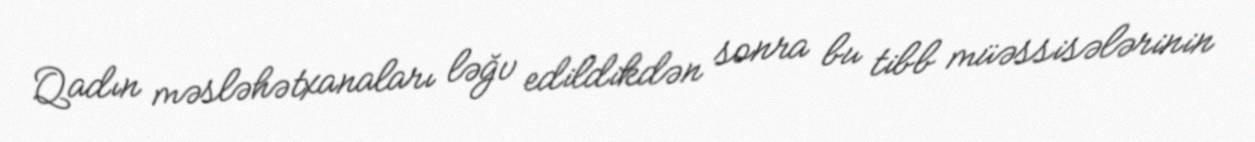
Qadın məsləhətxanaları ləğv edildikdən sonra bu tibb müəssisələrinin